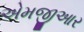
એમજીઆર